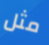
مثل